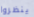
ينظروا